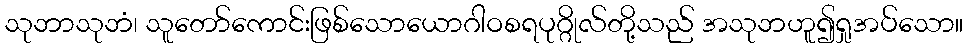
သုဘာသုဘံ၊ သူတော်ကောင်းဖြစ်သောယောဂါဝစရပုဂ္ဂိုလ်တို့သည် အသုဘဟူ၍ရှုအပ်သော။